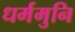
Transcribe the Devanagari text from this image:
धर्ममुनि